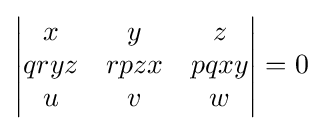
{\begin{vmatrix}x&y&z\\qryz&rpzx&pqxy\\u&v&w\end{vmatrix}}=0